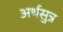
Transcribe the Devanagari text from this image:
अर्थसुत्र